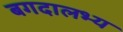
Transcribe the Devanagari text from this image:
बगदालभ्य